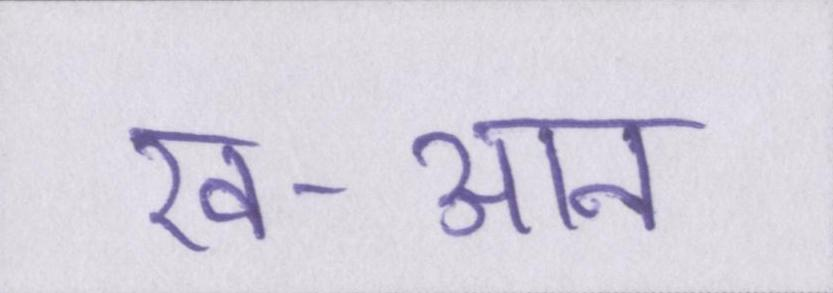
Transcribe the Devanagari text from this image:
ख-आन